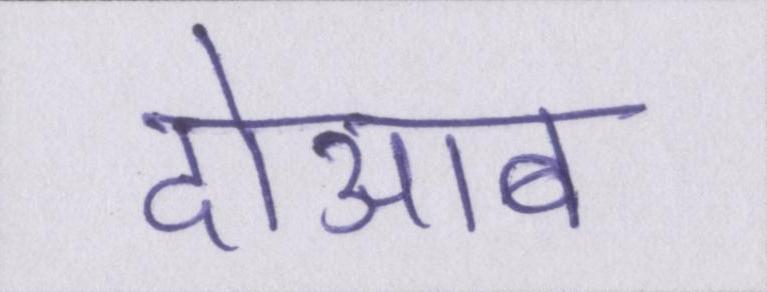
दोआब